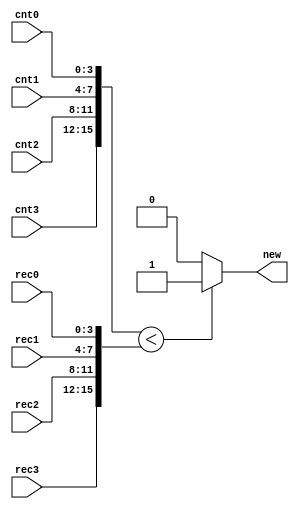
`timescale 1ns/1ps

module compare(
    input [3:0] cnt0, cnt1, cnt2, cnt3, rec0, rec1, rec2, rec3,
    output reg new
);

    always @(cnt0, cnt1, cnt2, cnt3, rec0, rec1, rec2, rec3) begin
        if ({cnt3, cnt2, cnt1, cnt0} < {rec3, rec2, rec1, rec0}) new = 1;
        else new = 0;
    end

endmodule